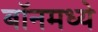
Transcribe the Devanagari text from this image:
बॉनमध्ये